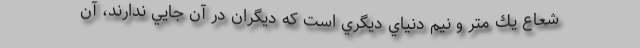
شعاع يك متر و نيم دنياي ديگري است كه ديگران در آن جايي ندارند، آن